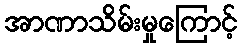
အာဏာသိမ်းမှုကြောင့်